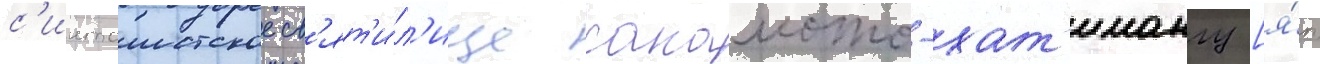
с'интоистское св'ят'и́л'ище сакамото-хат'имангу [я́п.